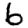
Digit: 6